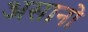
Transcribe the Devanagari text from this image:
असानो